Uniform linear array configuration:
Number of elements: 4
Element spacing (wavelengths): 0.25
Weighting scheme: kaiser
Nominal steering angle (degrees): -45
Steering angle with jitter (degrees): -45.412
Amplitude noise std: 0.05
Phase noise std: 0.05

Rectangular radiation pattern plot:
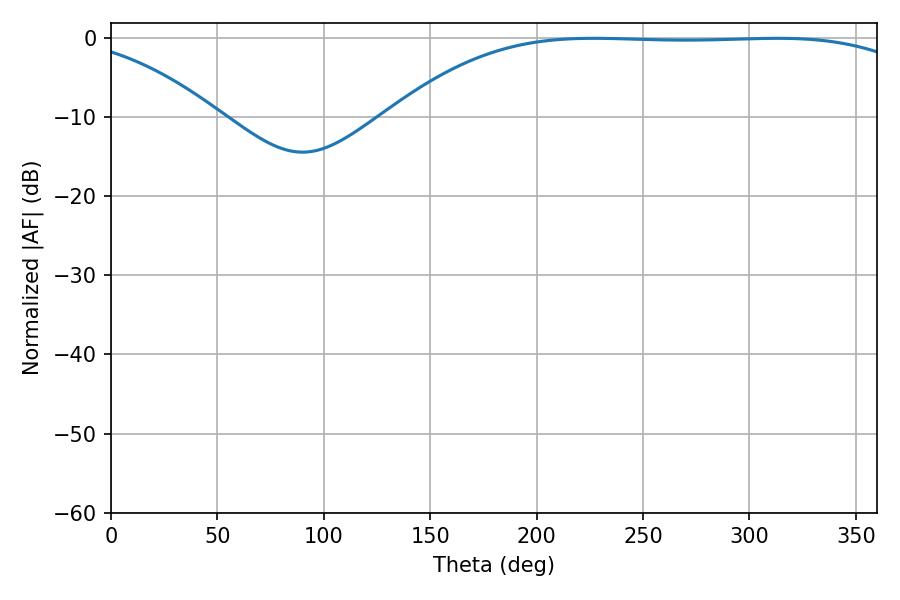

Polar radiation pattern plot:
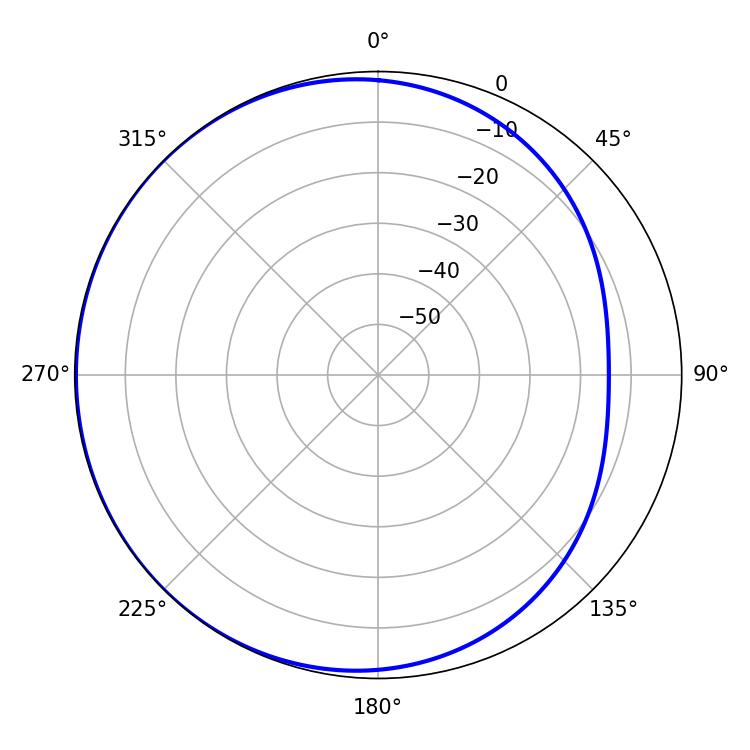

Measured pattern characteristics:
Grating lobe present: FALSE
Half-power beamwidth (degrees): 192.6
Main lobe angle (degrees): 226.8